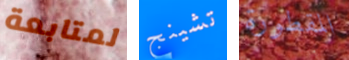
لمتابعة تشينج المقطورة